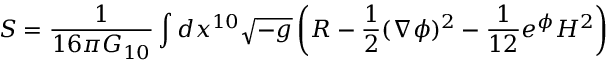
S = { \frac { 1 } { 1 6 \pi G _ { 1 0 } } } \int d x ^ { 1 0 } \sqrt { - g } \left( R - { \frac { 1 } { 2 } } ( \nabla \phi ) ^ { 2 } - { \frac { 1 } { 1 2 } } e ^ { \phi } { \cal H } ^ { 2 } \right)